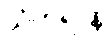
သံဟရာနိ